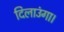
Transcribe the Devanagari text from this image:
दिलाउंगा।